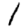
Digit: 1